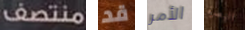
منتصف قد الأمر البصرة